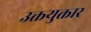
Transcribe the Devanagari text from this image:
उक्तयुक्तार